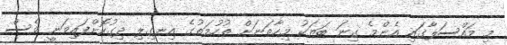
މި މައްސަލާގައި އެންމެ ގިނަ ބަޔަކު މިހާތަނަށް ތުހުމަތުގެ އިނގިލި ދިގުކޮށްފައިވަނީ ވެސް